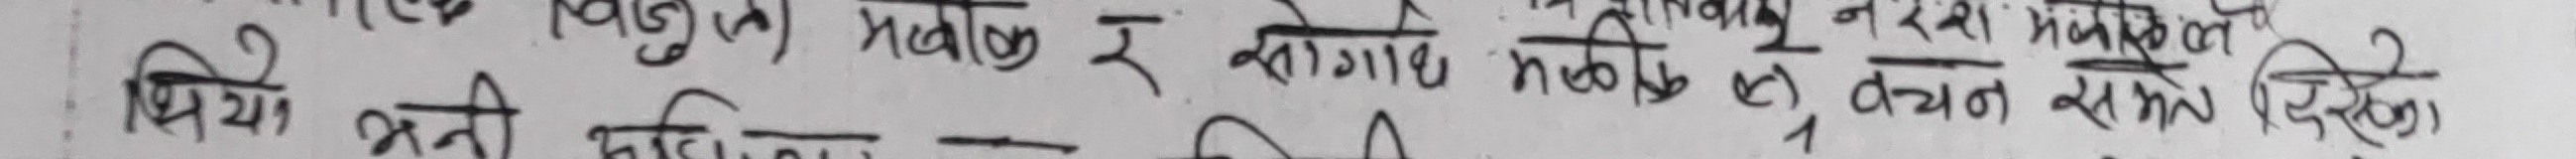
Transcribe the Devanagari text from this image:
पिय भनी भएका मालक र सेवाग्राही मालकको वचन सम्पत्ति भएको थियो।